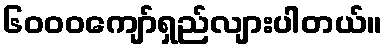
၆၀၀၀ကျော်ရှည်လျားပါတယ်။